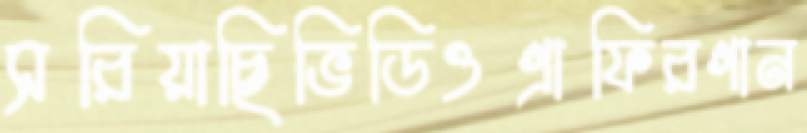
সরিয়াছিভিডিওগ্রাফিরগান